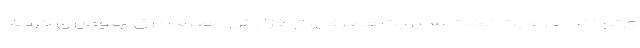
ی‌توانند با رعایت نکات مدیریت مصرفی، از افزایش مصرف برق جلوگیری کرده